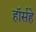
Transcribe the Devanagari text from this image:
हॉर्सहे